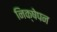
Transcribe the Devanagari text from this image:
निक्षेपन